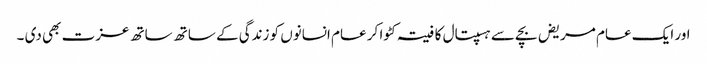
اور ایک عام مریض بچے سے ہسپتال کا فیتہ کٹوا کر عام انسانوں کو زندگی کے ساتھ ساتھ عزت بھی دی ۔